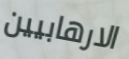
الارهابيين